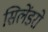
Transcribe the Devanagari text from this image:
सिलेंडरो